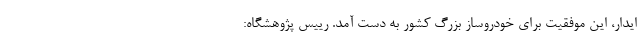
ایدار، این موفقیت برای خودروساز بزرگ کشور به دست آمد. رییس پژوهشگاه: